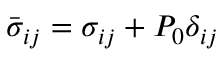
\bar { \sigma } _ { i j } = \sigma _ { i j } + P _ { 0 } \delta _ { i j }